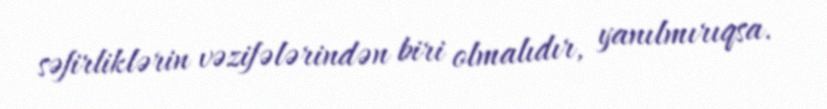
səfirliklərin vəzifələrindən biri olmalıdır, yanılmırıqsa.